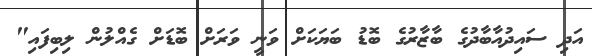
އަދި ސައިދުއާބާދުގެ ބާޒާރުގެ ބޮޑު ބަޔަކަށް ވަނީ ވަރަށް ބޮޑަށް ގެއްލުން ލިބިފައި"